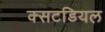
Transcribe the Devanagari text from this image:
क्सटडियल